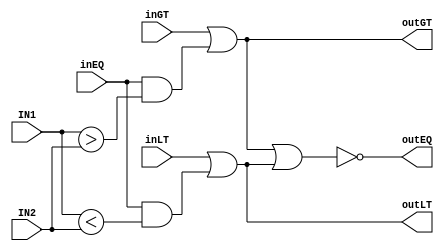

module komparator(IN1, IN2, inEQ, inGT, inLT, outEQ, outGT, outLT);
	input [1:0] IN1, IN2;
	input inEQ, inGT, inLT;
	output wire outEQ, outGT, outLT;

	assign outGT = inGT | (inEQ & (IN1 > IN2));
	assign outLT = inLT | (inEQ & (IN1 < IN2));
	assign outEQ = ~(outGT | outLT);

endmodule

//zadania:
//1 implementacja
//2 zrealizowac komparator z wyjsciami I1>I2, I1=I2, I1<I2
/*
        |  |        |  |
       _|  |_      _|  |_
       \    /      \    /
        \  /        \  /
     +--------------------+
     |                    |
     |                  > +------
     |                  = +------
     |                  < +------
     |                    |
     +--------------------+
*/
//3 zrealizowac komparator kaskadowy z wejsciani/wyjsciami I1>I2, I1=I2, I1<I2
/*
        |  |        |  |
       _|  |_      _|  |_
       \    /      \    /
        \  /        \  /
     +--------------------+
     |                    |
-----+ >                > +------
-----+ =                = +------
-----+ <                < +------
     |                    |
     +--------------------+
*/